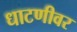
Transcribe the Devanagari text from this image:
धाटणीवर